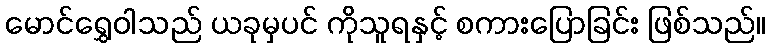
မောင်ရွှေဝါသည် ယခုမှပင် ကိုသူရနှင့် စကားပြောခြင်း ဖြစ်သည်။